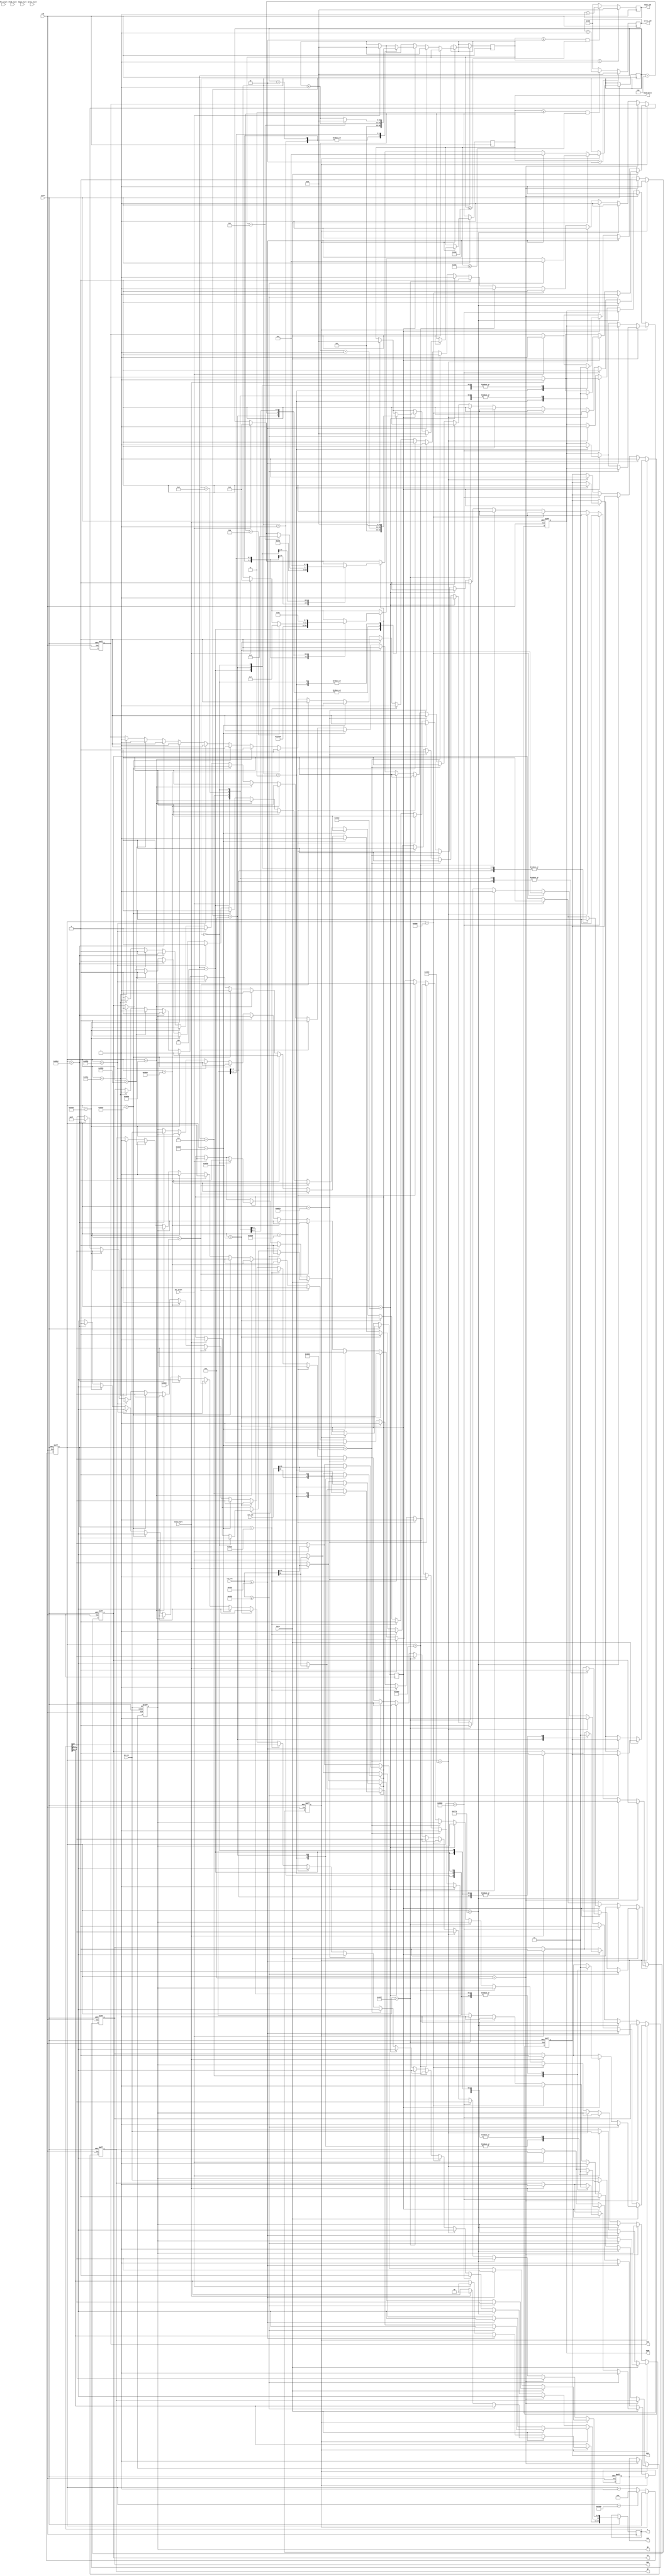
module memcon(
				input clk, reset, RorW, Act_start, Pre_start, Write_start, ActR_start, PreR_start, Read_start,
				input [10:0] row_cnt, col_cnt,
				input [2:0] BA_cnt,
				output reg CKE, CS, RAS, CAS, WE,
				output reg [2:0] BA,
				output reg [12:0] A,
				output reg DQML, DQMH,
				output reg [10:0] Write_add, Read_add, Read_burst
				);



reg intend;
reg [20:0]cntint;


//Initialize//
always@(posedge clk or negedge reset)
begin
	if(reset == 1'b0)
		cntint <= 21'd0;
	else
	begin
		if(intend == 1'b0)
		begin
			if(cntint == 21'd52000)
				cntint<= 21'd0;
			else
				cntint<=cntint + 21'd1;
		end
		
		else
			cntint<=cntint;
	end
end

reg [10:0] Write_burst;
reg Proc_start;
reg [3:0] Proc;
parameter s0 = 4'd0;
parameter s1 = 4'd1;
parameter s2 = 4'd2;
parameter s3 = 4'd3;
parameter s4 = 4'd4;
parameter s5 = 4'd5;
parameter s6 = 4'd6;
parameter s7 = 4'd7;
parameter s8 = 4'd8;
parameter s9 = 4'd9;
parameter s10 = 4'd10;
parameter s11 = 4'd11;

always @(posedge clk)
begin
	if(Read_burst == 11'd2)
	Write_add <= 11'd0;
	
	else if(Read_burst >= 11'd3 && Read_burst <= 11'd1025)
	Write_add <= Write_add + 11'd1;
	
	else
	Write_add <= 11'd2000;
end

always @(posedge clk)
begin
	if(Write_burst == 11'd1)
	Read_add <= 11'd0;
	
	else if(Write_burst >= 11'd2 && Write_burst <= 11'd1024)
	Read_add <= Read_add + 11'd1;
	
	else
	Read_add <= 11'd2000;
end


always @(posedge clk or negedge reset)
begin
	if(reset == 1'b0)
	begin
		CKE <= 1'b0;
		CS <= 1'b1;
		intend <= 1'b0;
		DQML <= 1'b0;
		DQMH <= 1'b0;
		BA<=BA_cnt; 
		RAS <= 1'b1;
		CAS <= 1'b1;
		WE <= 1'b1;
	end

	else
	begin
		if(intend == 1'b0)
		begin
			if(cntint == 21'd5)
			begin
			CKE <= 1'b1; DQML<=1'b1; DQMH<=1'b1; 			
			end
			else if(cntint == 21'd10110) // NOP
			begin
				CS<=1'b0; RAS<=1'b1; CAS<=1'b1; WE<=1'b1;
			end
			else if(cntint == 21'd40200) // after T, precharge
			begin
				CS<=1'b0; RAS<=1'b0; CAS<=1'b1; WE<=1'b0; A[10]<=1'b0;
			end
			else if(cntint == 21'd40201) // NOP
			begin
				CS<=1'b0; RAS<=1'b1; CAS<=1'b1; WE<=1'b1; DQML<=1'b1; DQMH<=1'b1;
			end
///////////////////// 8 Auto Refresh commnads
			else if(cntint == 21'd40204) // after Trp, Auto Refresh 1
			begin
				CS<=1'b0; RAS<=1'b0; CAS<=1'b0; WE<=1'b1; 
			end
			else if(cntint == 21'd40205) // NOP
			begin
				CS<=1'b0; RAS<=1'b1; CAS<=1'b1; WE<=1'b1;
			end
			else if(cntint == 21'd40215) // Auto Refresh 2
			begin
				CS<=1'b0; RAS<=1'b0; CAS<=1'b0; WE<=1'b1; 
			end
			else if(cntint == 21'd40216) // NOP
			begin
				CS<=1'b0; RAS<=1'b1; CAS<=1'b1; WE<=1'b1;
			end
			else if(cntint == 21'd40226) // Auto Refresh 3
			begin
				CS<=1'b0; RAS<=1'b0; CAS<=1'b0; WE<=1'b1; 
			end
			else if(cntint == 21'd40227) // NOP
			begin
				CS<=1'b0; RAS<=1'b1; CAS<=1'b1; WE<=1'b1;
			end
			else if(cntint == 21'd40237) // Auto Refresh 4
			begin
				CS<=1'b0; RAS<=1'b0; CAS<=1'b0; WE<=1'b1; 
			end
			else if(cntint == 21'd40238) // NOP
			begin
				CS<=1'b0; RAS<=1'b1; CAS<=1'b1; WE<=1'b1;
			end
			else if(cntint == 21'd40248) // Auto Refresh 5
			begin
				CS<=1'b0; RAS<=1'b0; CAS<=1'b0; WE<=1'b1; 
			end
			else if(cntint == 21'd40249) // NOP
			begin
				CS<=1'b0; RAS<=1'b1; CAS<=1'b1; WE<=1'b1;
			end
			else if(cntint == 21'd40259) // Auto Refresh 6
			begin
				CS<=1'b0; RAS<=1'b0; CAS<=1'b0; WE<=1'b1; 
			end
			else if(cntint == 21'd40260) // NOP
			begin
				CS<=1'b0; RAS<=1'b1; CAS<=1'b1; WE<=1'b1;
			end
			else if(cntint == 21'd40270) // Auto Refresh 7
			begin
				CS<=1'b0; RAS<=1'b0; CAS<=1'b0; WE<=1'b1; 
			end
			else if(cntint == 21'd40271) // NOP
			begin
				CS<=1'b0; RAS<=1'b1; CAS<=1'b1; WE<=1'b1;
			end
			else if(cntint == 21'd40281) // Auto Refresh 8
			begin
				CS<=1'b0; RAS<=1'b0; CAS<=1'b0; WE<=1'b1; 
			end
			else if(cntint == 21'd40282) // NOP
			begin
				CS<=1'b0; RAS<=1'b1; CAS<=1'b1; WE<=1'b1;
			end
/////////////////////Load Mode Register
			else if(cntint == 21'd40292) // load mode register
			begin
				CS<=1'b0; RAS<=1'b0; CAS<=1'b0; WE<=1'b0; BA<=BA_cnt;
				A[10]<=1'b0; A[9:0]<=10'b0_00_011_0_111;
			end
			
			else if(cntint == 21'd40293) // NOP
			begin
				CS<=1'b0; RAS<=1'b1; CAS<=1'b1; WE<=1'b1;
			end
			
			
			else if(cntint == 21'd40298) // NOP
			begin
				CS<=1'b0; RAS<=1'b1; CAS<=1'b1; WE<=1'b1;
				intend <= 1;
			end
		end
/////////////////////Initialize Finish



		else if(intend)
		begin
					
			if(RorW == 1'b0) //Write
			begin
				if(row_cnt >= 11'd1081)
				begin
					CS<=1'b0; RAS<=1'b1; CAS<=1'b1; WE<=1'b1; // NOP
					Proc_start <= 1'b0; Proc <= s0;
					Write_burst <= 11'd0;
				end
				
				else
				begin

					if(Act_start)
					begin
						CS<=1'b0; RAS<=1'b0; CAS<=1'b1; WE<=1'b1; //BANK ACTIVE
						A[12:0] <= {2'b00, row_cnt};
						BA <= BA_cnt;
						Proc_start <= 1'b1; Proc<=s1;
						Write_burst <= 11'd0;
					end
				
					if(Proc_start)
					begin
						case(Proc)
						s1 : begin
							CS<=1'b0; RAS<=1'b1; CAS<=1'b1; WE<=1'b1; // NOP
							Proc<=s2;
							Write_burst <= 11'd1;
						end

						s2 : begin
							Proc<=s3;
							Write_burst <= 11'd1;
						end

						s3 : begin
							CS<=1'b0; RAS<=1'b1; CAS<=1'b0; WE<=1'b0; DQML<=1'b0; DQMH<=1'b0; //WRITE
							A[10:0] <= {1'b0, col_cnt};
							Write_burst <= Write_burst + 11'd1;
							Proc<=s4;
						end

						s4 : begin
							CS<=1'b0; RAS<=1'b1; CAS<=1'b1; WE<=1'b1; // NOP
							Write_burst <= Write_burst + 11'd1;
							if(Write_burst == 11'd12)
							begin
								Proc<=s5;
								Write_burst <= 11'd0;
							end
						end

						s5 : begin
							CS<=1'b0; RAS<=1'b0; CAS<=1'b1; WE<=1'b0; A[10]<=1'b0; // Precharge
							Proc<=s0;
						end
						
						s0 : begin
							CS<=1'b0; RAS<=1'b1; CAS<=1'b1; WE<=1'b1; // NOP
							Proc_start <= 1'b0;
						end
						endcase
					end							

					
				end			

			end

			else  //Read
			begin
		
				if(row_cnt >= 11'd1080)
				begin
					CS<=1'b0; RAS<=1'b1; CAS<=1'b1; WE<=1'b1; // NOP
					Proc <= s0; Proc_start <= 1'b0;
					Read_burst <= 11'd0;
				end
				
				else
				begin

					if(ActR_start)
					begin
						CS<=1'b0; RAS<=1'b0; CAS<=1'b1; WE<=1'b1; //BANK ACTIVE
						A[12:0] <= {2'b00, row_cnt};
						BA <= BA_cnt;
						Proc_start <= 1'b1; Proc<=s1;
						Read_burst <= 11'd0;
					end
				
					if(Proc_start)
					begin
						case(Proc)
						s1 : begin
							CS<=1'b0; RAS<=1'b1; CAS<=1'b1; WE<=1'b1; // NOP
							Proc<=s2;
						end

						s2 : begin
							Proc<=s3;
						end

						s3 : begin
							CS<=1'b0; RAS<=1'b1; CAS<=1'b0; WE<=1'b1; DQML<=1'b0; DQMH<=1'b0; //READ
							A[10:0] <= {1'b0, col_cnt};
							Read_burst <= 11'd0;
							Proc<=s4;
						end


						s4 : begin
							CS<=1'b0; RAS<=1'b1; CAS<=1'b1; WE<=1'b1; // NOP
							Proc<=s5;
							Read_burst <= 11'd1;
						end

						s5 : begin
							Proc<=s6;
							Read_burst <= Read_burst + 11'd1;
						end
						
						s6 : begin
							Read_burst <= Read_burst + 11'd1;
							if(Read_burst == 11'd10)	
							begin
							Read_burst <= Read_burst + 11'd1;
							Proc<=s7;
							end
						end

						s7 : begin
							CS<=1'b0; RAS<=1'b0; CAS<=1'b1; WE<=1'b0; A[10]<=1'b0; // Precharge
							Proc<=s8;
							Read_burst <= Read_burst + 11'd1;
							end
						
						s8 : begin
							CS<=1'b0; RAS<=1'b1; CAS<=1'b1; WE<=1'b1; // NOP
							Read_burst <= Read_burst + 11'd1;
							Proc<=s0;	
						end

						s0 : begin
							CS<=1'b0; RAS<=1'b1; CAS<=1'b1; WE<=1'b1; // NOP
							Proc_start <= 1'b0;
							Read_burst <= 11'd0;
						end
						endcase
					end							
				end			
			end
		end
	end
end





endmodule